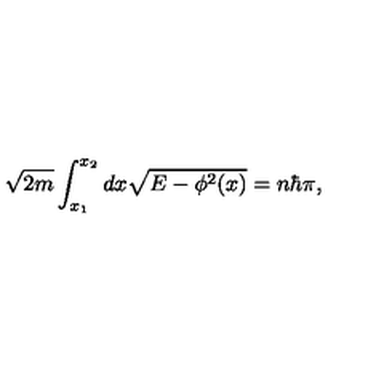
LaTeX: \sqrt { 2 m } \int _ { x _ { 1 } } ^ { x _ { 2 } } d x \sqrt { E - \phi ^ { 2 } ( x ) } = n \hbar \pi ,